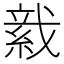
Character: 𦁋